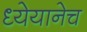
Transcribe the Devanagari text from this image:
ध्येयानेच